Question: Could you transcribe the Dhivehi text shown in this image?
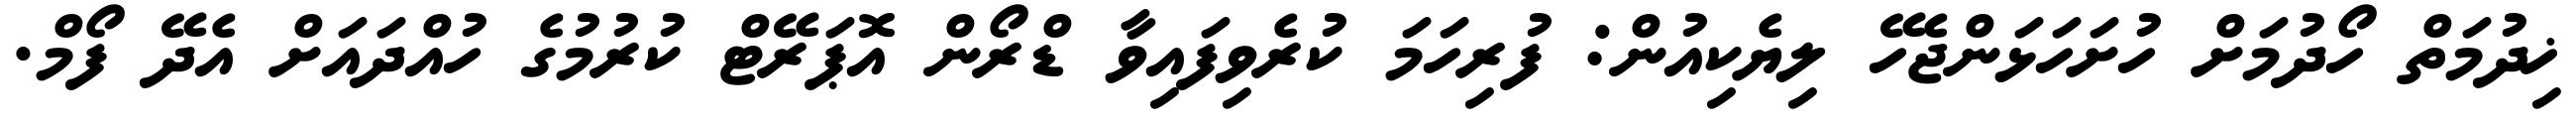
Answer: ޚިދުމަތް ހޯދުމަށް ހުށަހަޅަންޖެހޭ ލިޔެކިއުން: ފުރިހަމަ ކުރެވިފައިވާ ޑްރޯން އޮޕަރޭޓް ކުރުމުގެ ހުއްދައަށް އެދޭ ފޯމް.